Report on sanitation, dispensaries, and jails in Rajputana for 1913, and on vaccination for the year 1913-1914 - 1913-1914
Year: 1913
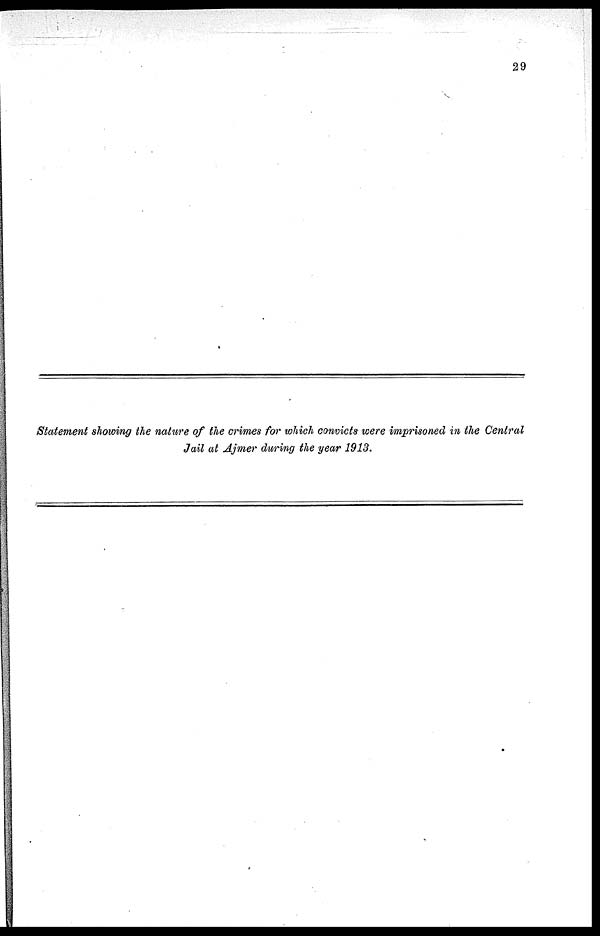
29
Statement showing the nature of the crimes for which convicts were imprisoned in the Central
Jail at Ajmer during the year 1913.